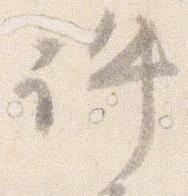
許